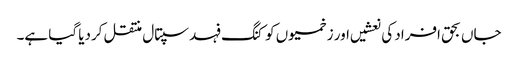
جاں بحق افراد کی نعشیں اور زخمیوں کو کنگ فہد سپتال منتقل کردیا گیا ہے۔